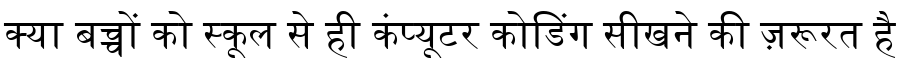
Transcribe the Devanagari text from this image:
क्या बच्चों को स्कूल से ही कंप्यूटर कोडिंग सीखने की ज़रूरत है